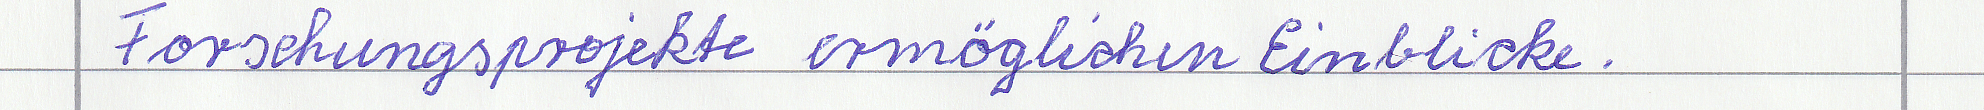
Forschungsprojekte ermöglichen Einblicke.